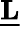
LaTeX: \underline{{\mathbf{L}}}